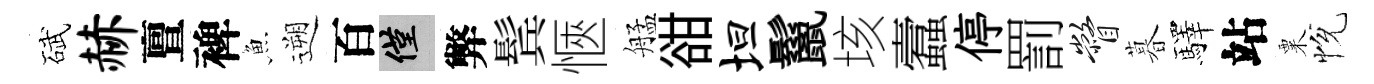
碔赫亶裨魚遡百僅弊鬂愜艋𧮳坦鬣垓蠧停罰瞥暮驛站粟恱